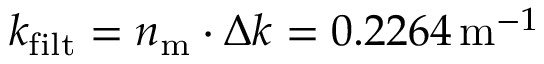
k _ { \mathrm { f i l t } } = n _ { \mathrm { m } } \cdot \Delta k = 0 . 2 2 6 4 \, \mathrm { m } ^ { - 1 }